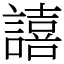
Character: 譆